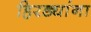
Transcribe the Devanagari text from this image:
हिरड्यांना